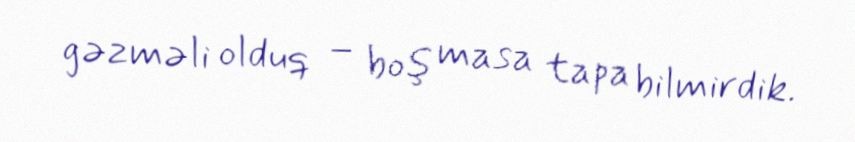
gəzməli olduq – boş masa tapa bilmirdik.